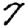
Digit: 7